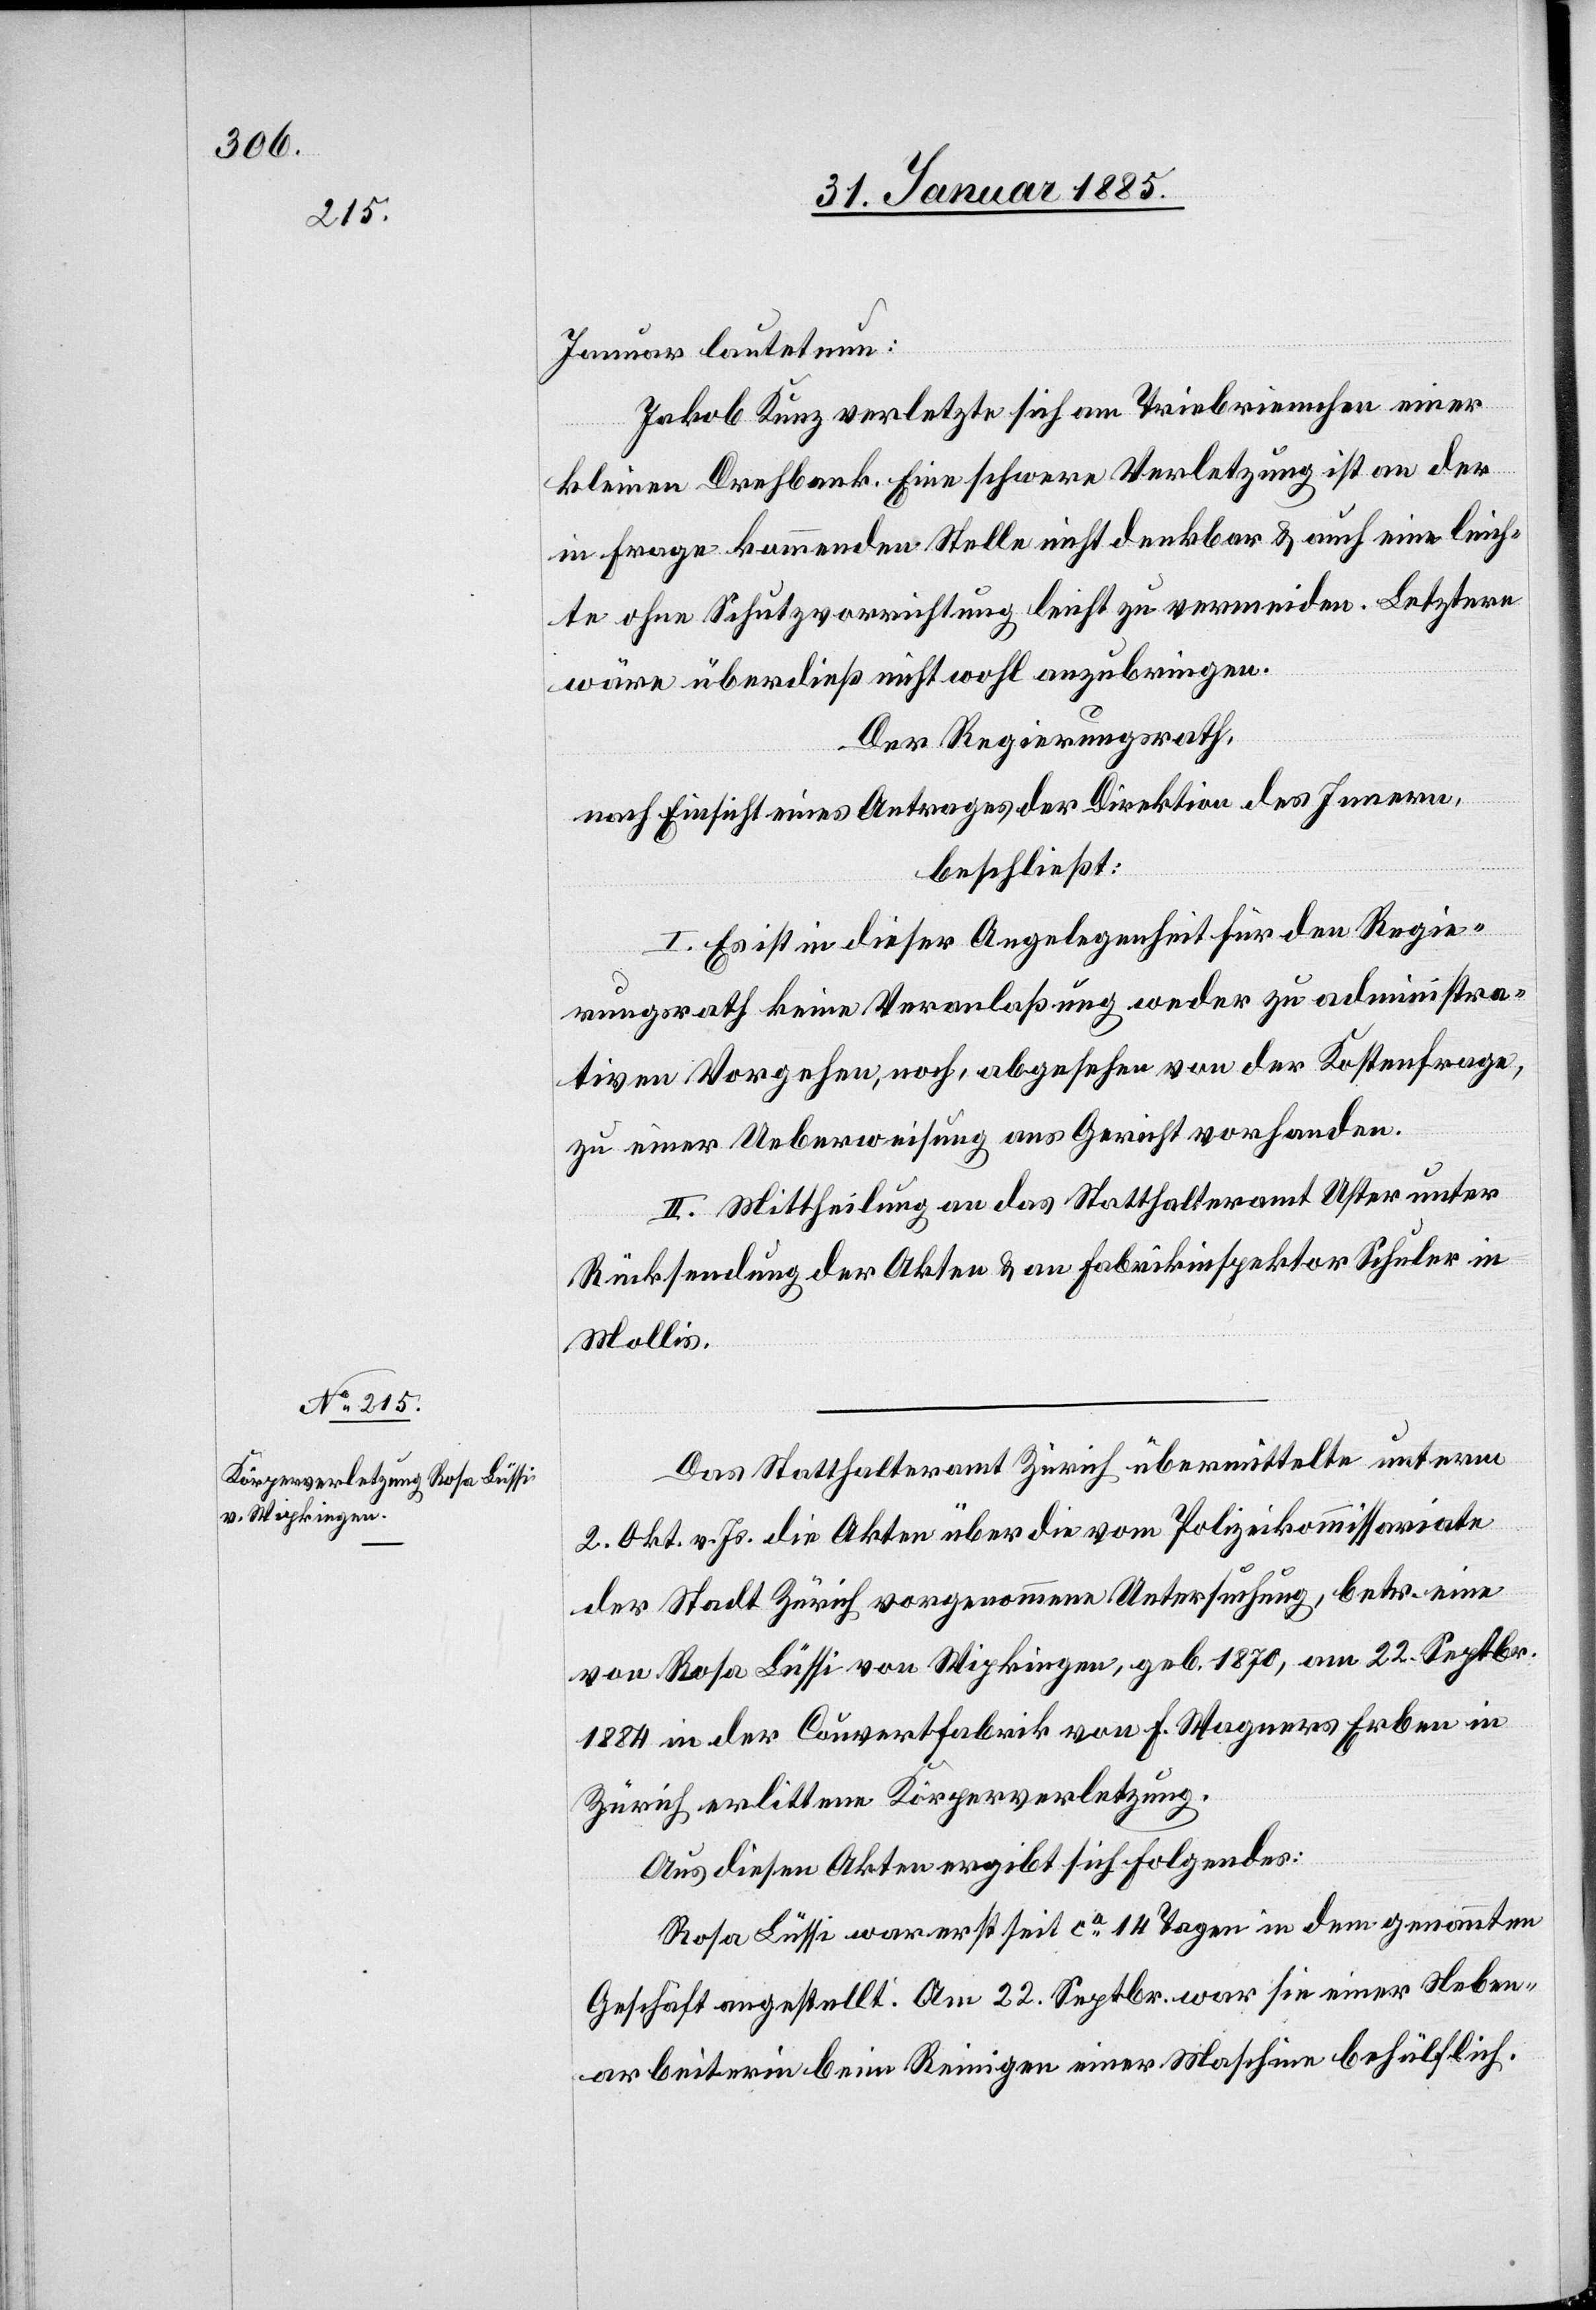
Januar lautet nun:
Jakob Kunz verletzte sich am Triebriemchen einer
kleinen Drehbank. Eine schwere Verletzung ist an der
in Frage kommenden Stelle nicht denkbar & auch eine leich¬
te ohne Schutzvorrichtung leicht zu vermeiden. Letztere
wäre überdieß nicht wohl anzubringen.
Der Regierungsrath,
nach Einsicht eines Antrages der Direktion des Innern,
beschließt:
I. Es ist in dieser Angelegenheit für den Regie¬
rungsrath keine Veranlaßung weder zu administra¬
tiven Vorgehen, noch, abgesehen von der Kostenfrage,
zu einer Ueberweisung ans Gericht vorhanden.
II. Mittheilung an das Statthalteramt Uster unter
Rücksendung der Akten & an Fabrikinspektor Schuler in
Mollis.
Das Statthalteramt Zürich übermittelte unterm
2. Okt. v. Js. die Akten über die vom Polizeikommissariate
der Stadt Zürich vorgenommene Untersuchung, betr. eine
von Rosa Lüssi von Wipkingen, geb. 1870, am 22. Septbr.
1884 in der Couvertfabrik von F. Wagners Erben in
Zürich erlittene Körperverletzung.
Aus diesen Akten ergibt sich folgendes:
Rosa Lüssi war erst seit ca 14 Tagen in dem genannten
Geschäft angestellt. Am 22. Septbr. war sie einer Neben¬
arbeiterin beim Reinigen einer Maschine beschäftlich.